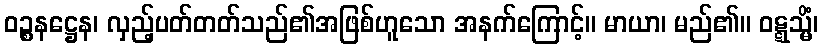
ဝဉ္စနဋ္ဌေန၊ လှည့်ပတ်တတ်သည်၏အဖြစ်ဟူသော အနက်ကြောင့်။ မာယာ၊ မည်၏။ ဝဋ္ဋသ္မိံ၊